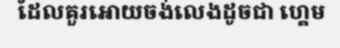
ដែលគួរអោយចង់លេងដូចជា ហ្គេម